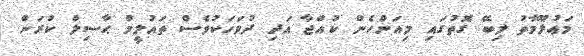
މަޢުލޫމާތު ލިބޭ ގޮތުގައި މިއަންހެން ކުއްޖާ އަދި ދުވަހަކުވެސް ތައުލީމް ޙާސިލް ކުރަން